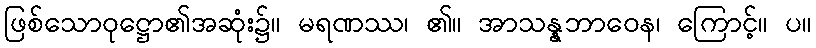
ဖြစ်သောဝုဋ္ဌော၏အဆုံး၌။ မရဏဿ၊ ၏။ အာသန္နဘာဝေန၊ ကြောင့်။ ပ။